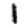
Digit: 1